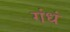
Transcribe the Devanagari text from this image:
गंधं